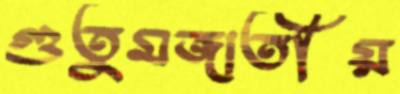
গুতুমজাতীয়